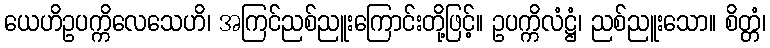
ယေဟိဥပက္ကိလေသေဟိ၊ အကြင်ညစ်ညူးကြောင်းတို့ဖြင့်။ ဥပက္ကိလံဋ္ဌံ၊ ညစ်ညူးသော။ စိတ္တံ၊